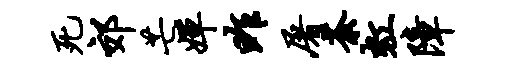
死郊芒婵昨屠荼虹障